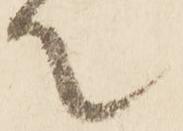
て